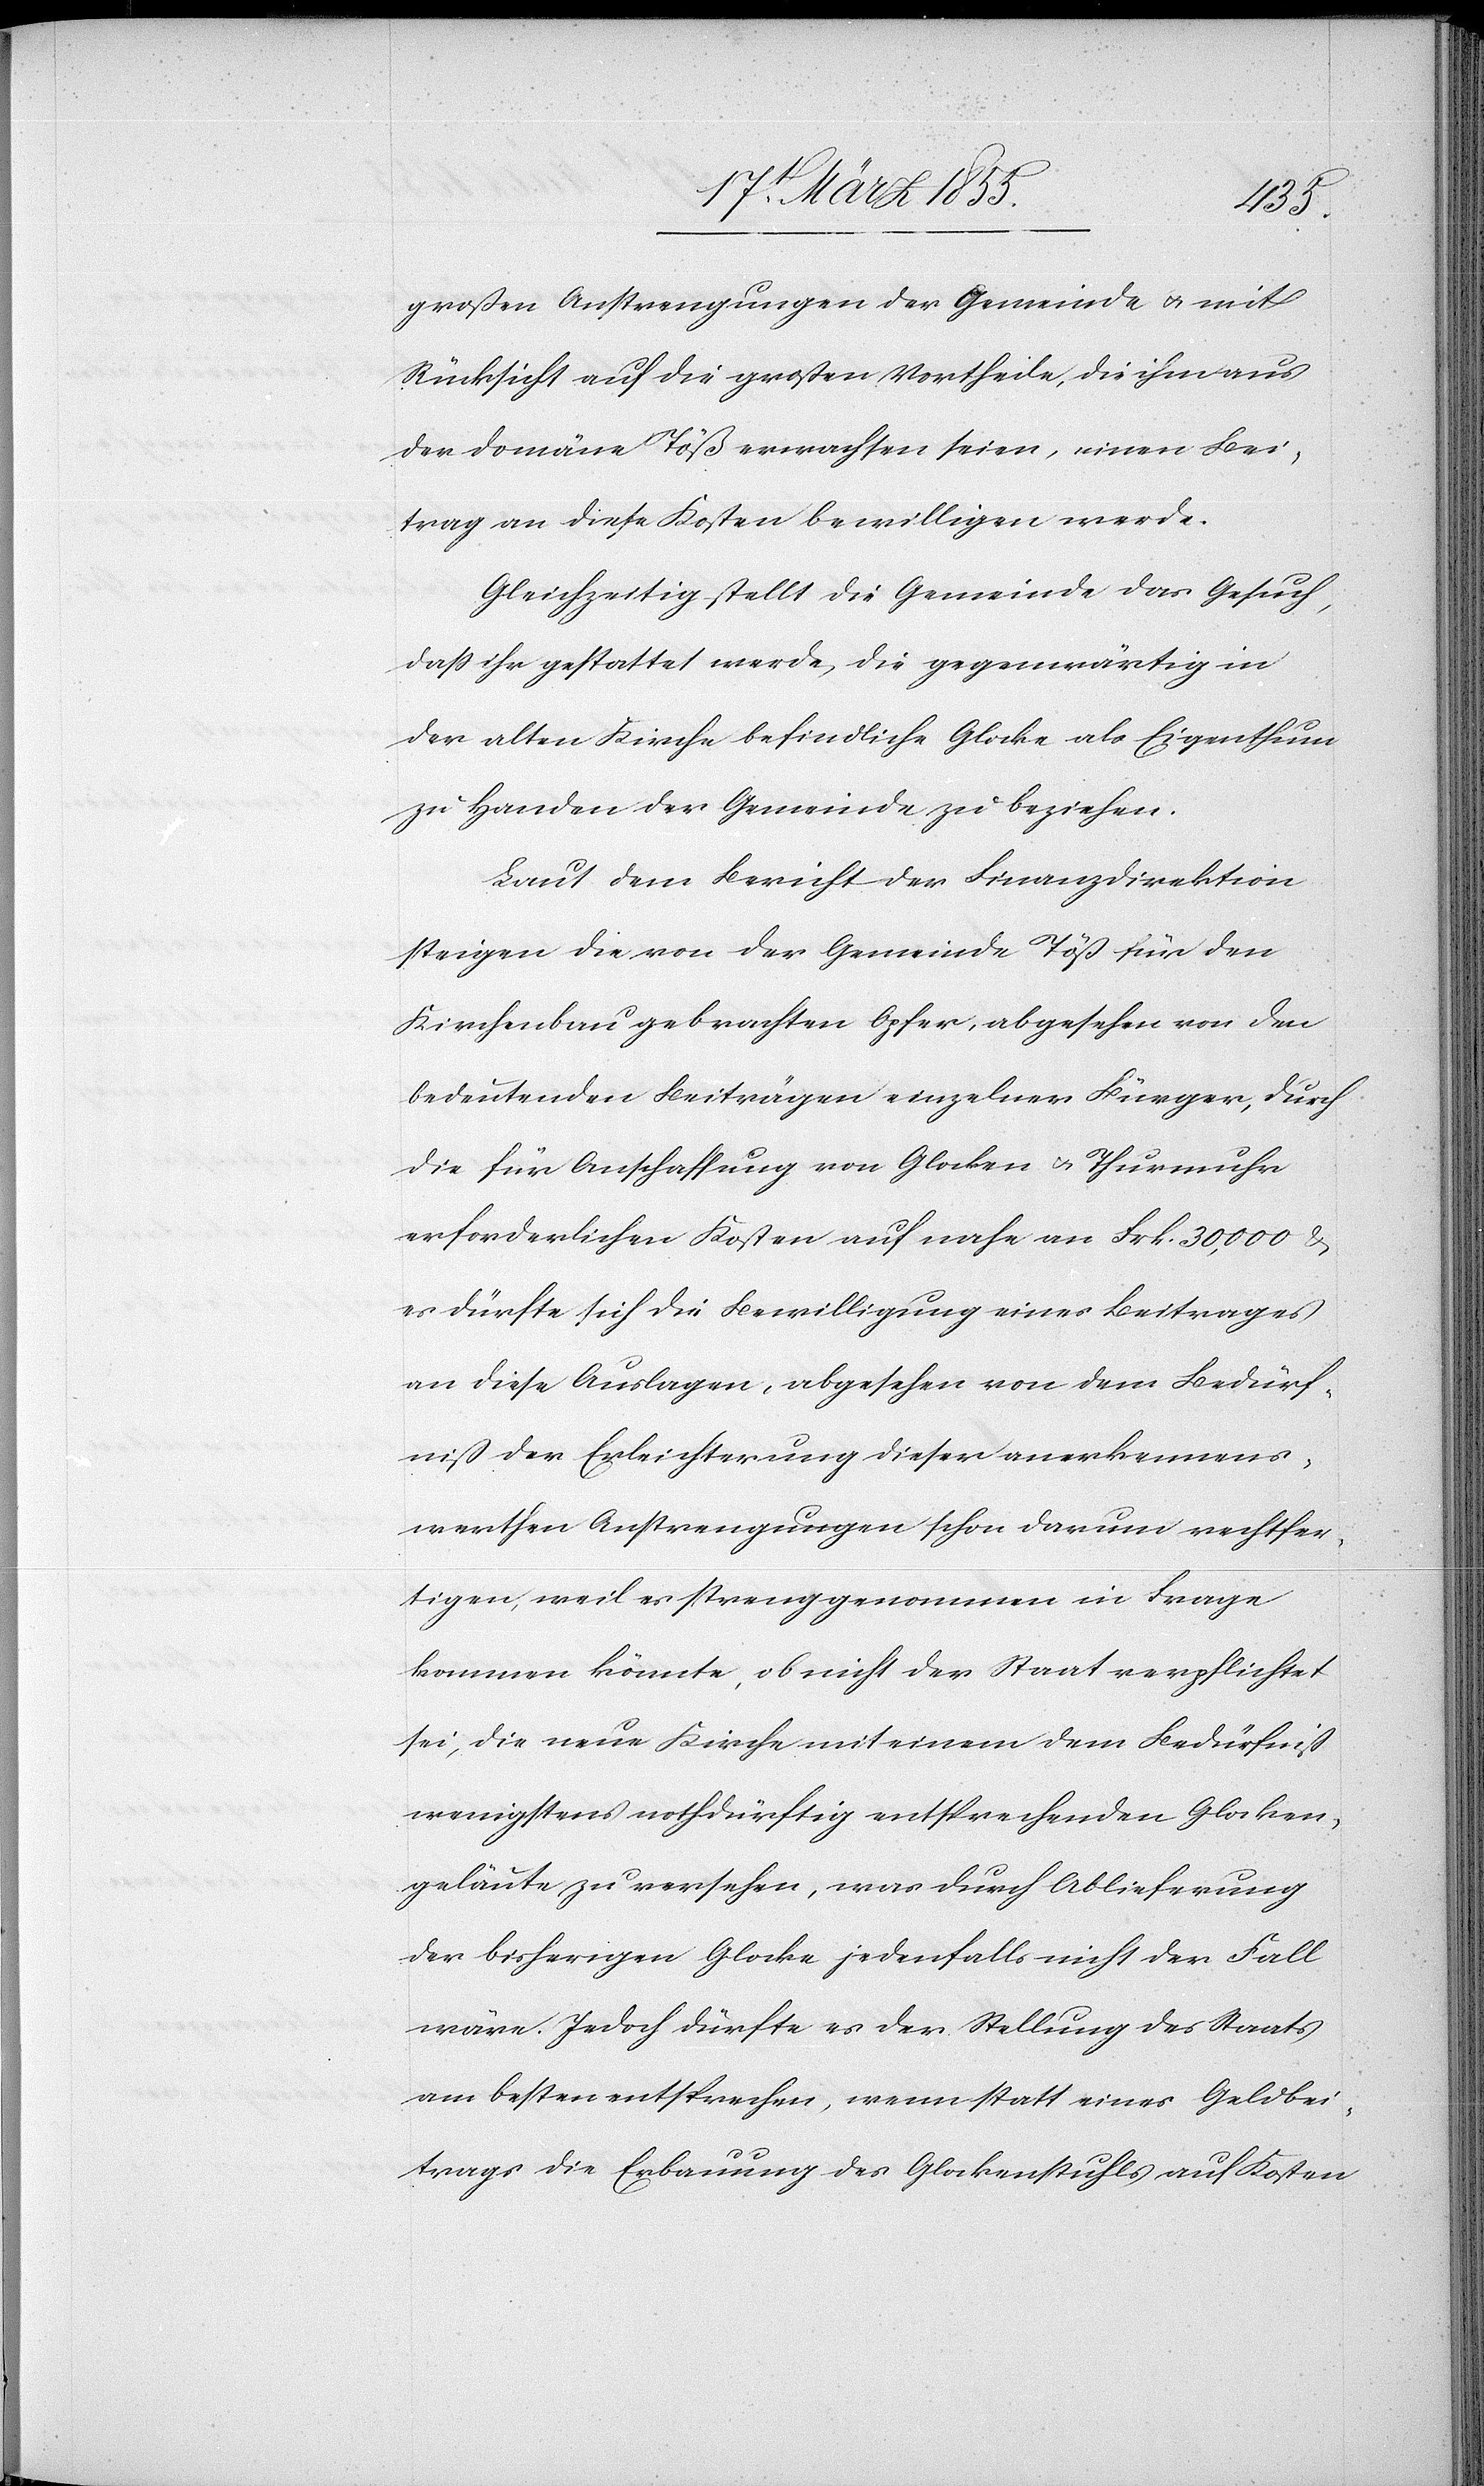
großen Anstrengungen der Gemeinde & mit
Rücksicht auf die großen Vortheile, die ihm aus
der Domäne Töß erwachsen seien, einen Bei¬
trag an diese Kosten bewilligen werde.
Gleichzeitig stellt die Gemeinde das Gesuch,
daß ihr gestattet werde, die gegenwärtig in
der alten Kirche befindliche Glocke als Eigenthum
zu Handen der Gemeinde zu beziehen.
Laut dem Bericht der Finanzdirektion
steigen die von der Gemeinde Töß für den
Kirchenbau gebrachten Opfer, abgesehen von den
bedeutenden Beiträgen einzelner Bürger, durch
die für Anschaffung von Glocken & Thurmuhr
erforderlichen Kosten auf nahe an Frk. 30,000 &
es dürfte sich die Bewilligung eines Beitrages
an diese Auslagen, abgesehen von dem Bedürf¬
niß der Erleichterung dieser anerkennens¬
werthen Anstrengungen schon darum rechtfer¬
tigen, weil es strenggenommen in Frage
kommen könnte, ob nicht der Staat verpflichtet
sei, die neue Kirche mit einem dem Bedürfniß
wenigstens nothdürftig entsprechenden Glocken¬
geläute zu versehen, was durch Ablieferung
der bisherigen Glocke jedenfalls nicht der Fall
wäre. Jedoch dürfte es der Stellung des Staats
am besten entsprechen, wenn statt eines Geldbei¬
trags die Erbauung des Glockenstuhls auf Kosten